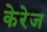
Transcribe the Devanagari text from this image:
केरेज